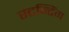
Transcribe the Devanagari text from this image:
स्टन्टिंग